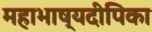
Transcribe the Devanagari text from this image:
महाभाष्यदीपिका